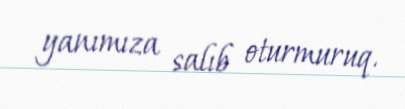
yanımıza salıb oturmuruq.